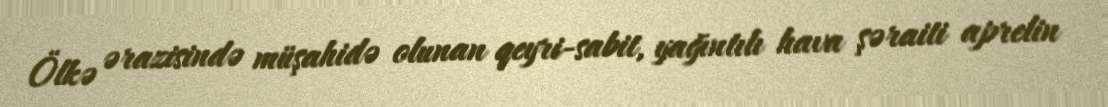
Ölkə ərazisində müşahidə olunan qeyri-sabit, yağıntılı hava şəraiti aprelin